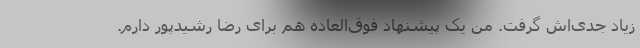
زیاد جدی‌اش گرفت. من یک پیشنهاد فوق‌العاده هم برای رضا رشیدپور دارم.